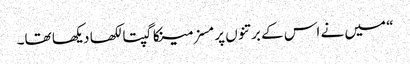
“ میں نے اس کے برتنوں پر مسز مینکا گپتا لکھا دیکھا تھا۔